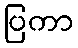
ပြကာ